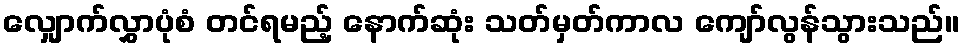
လျှောက်လွှာပုံစံ တင်ရမည့် နောက်ဆုံး သတ်မှတ်ကာလ ကျော်လွန်သွားသည်။